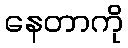
နေတာကို